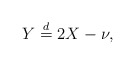
\begin{align*}Y \stackrel{d}{=} 2X - \nu,\end{align*}